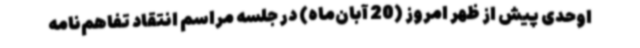
اوحدی پیش از ظهر امروز (20 آبان‌ماه) در جلسه مراسم انتقاد تفاهم‌نامه